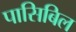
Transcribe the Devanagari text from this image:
पासिबिल